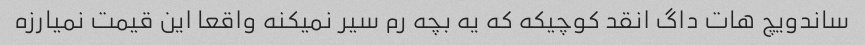
ساندویچ هات داگ انقد کوچیکه که یه بچه رم سیر نمیکنه واقعا این قیمت نمیارزه